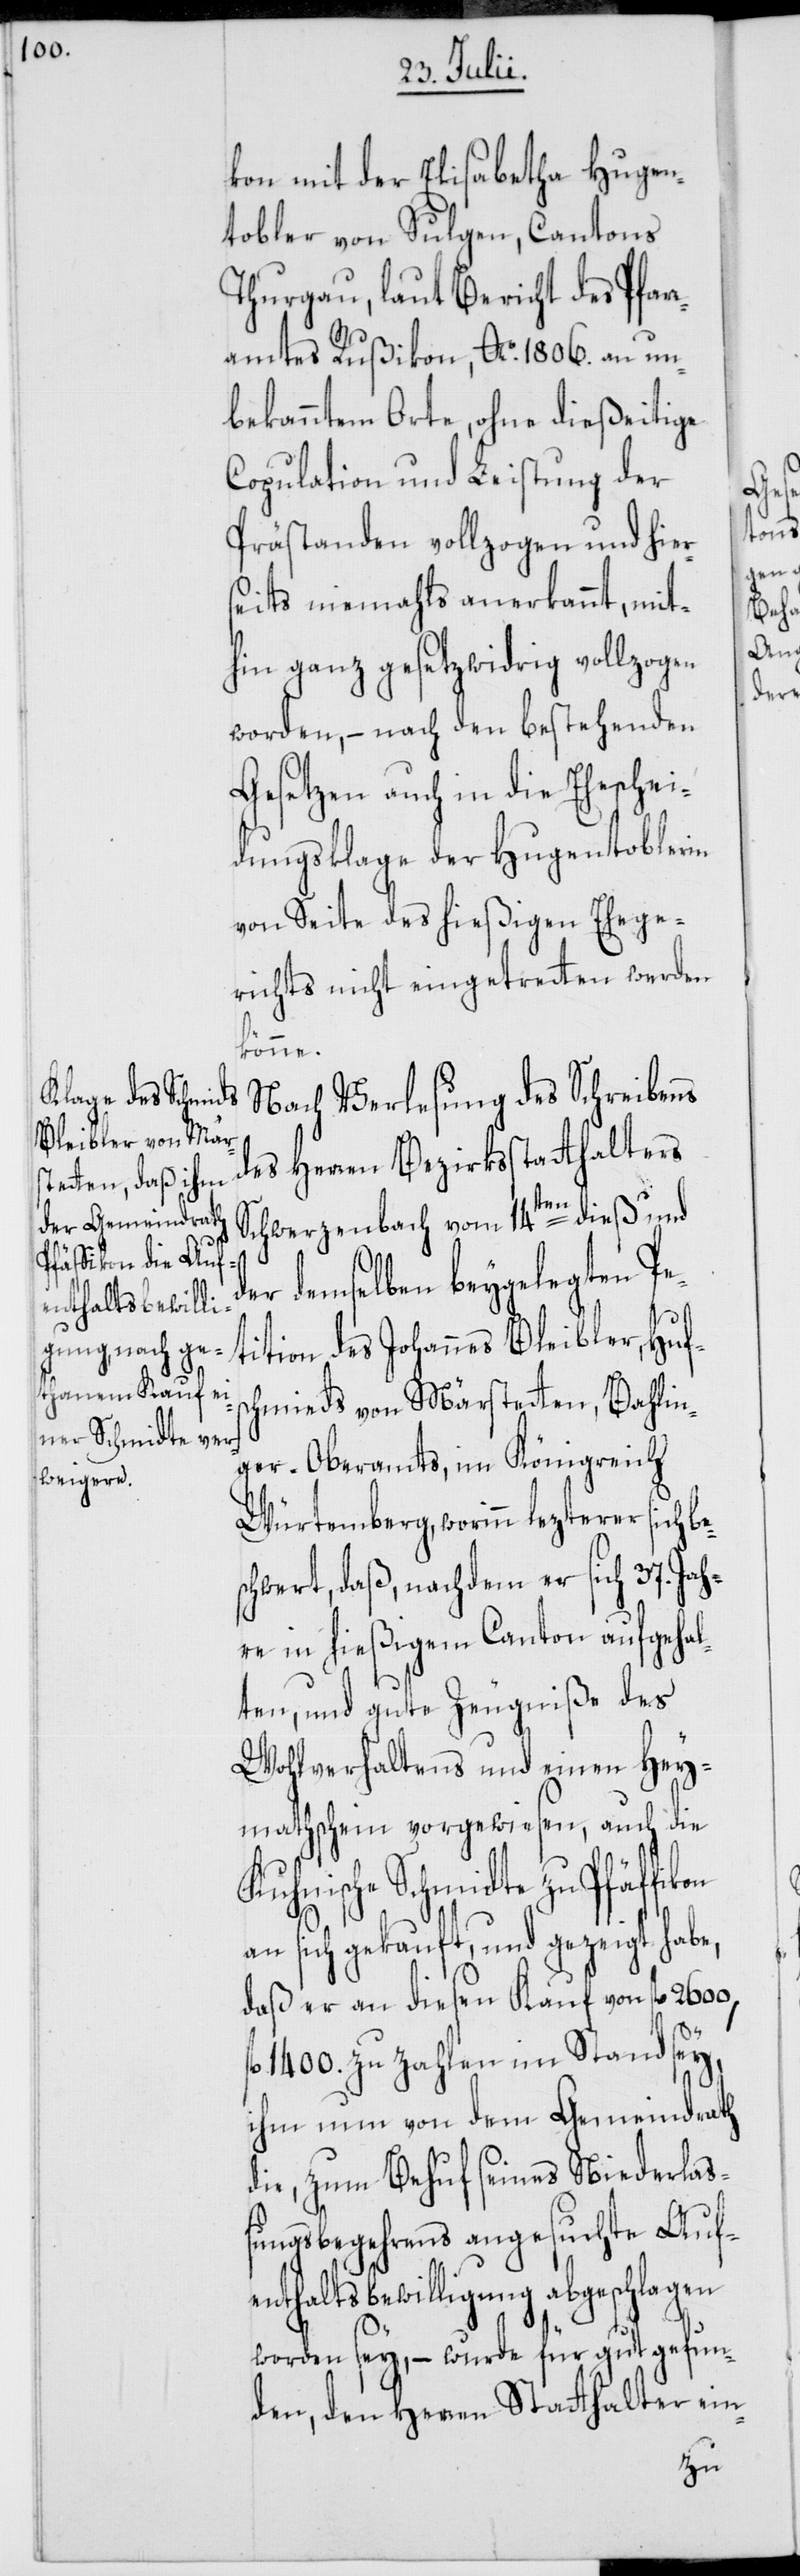
kon mit der Elisabetha Hugen¬
tobler von Sulgen, Cantons
Thurgau, laut Bericht des Pfar¬
on
ramtes Rußikon, Ao. 1806. an un¬
bekanntem Orte, ohne dießeitige
Copulation und Leistung der
Prästanden vollzogen und hier¬
seits niemahls anerkannt, mit¬
hin ganz gesetzwidrig vollzogen
worden, – nach den bestehenden
Gesetzen auch in die Eheschei¬
dungsklage der Hugentoblerin
von Seite des hießigen Ehege¬
richts nicht eingetretten werden
könne.
Nach Verlesung des Schreibens
des Herren Bezirksstatthalters
Schwerzenbach vom 14ten dieß und
der demselben beygelegten Pe¬
tition des Johannes Bleibler, Hufs¬
chmieds von Märstetten, Bahlin¬
ger-Oberamts, im Königreich
Würtemberg, worinn lezterer sich be¬
schwert, daß, nachdem er sich 37. Jah¬
re in hießigem Canton aufgehal¬
ten und gute Zeugniße des
Wohlverhaltens und einen Hey¬
mathschein vorgewiesen, auch die
Kuhnische Schmidte zu Pfäffik¬
an sich gekauft, und gezeigt habe,
daß er an diesen Kauf von fl. 2600,
fl. 1400. zu zahlen im Stand sey,
ihm nun von dem Gemeindrath
die, zum Behuf seines Niederlaß¬
ungsbegehrens angesuchte Auf¬
enthaltsbewilligung abgeschlagen
worden sey, – wurde für gut befun¬
den, den Herren Statthalter ein-